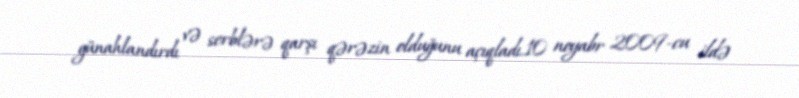
günahlandırdı və serblərə qarşı qərəzin olduğunu açıqladı.10 noyabr 2009-cu ildə